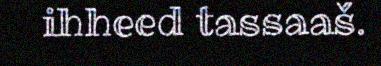
ihheed tassaaš.